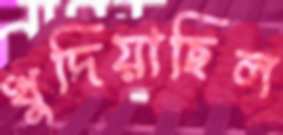
খুদিয়াছিল